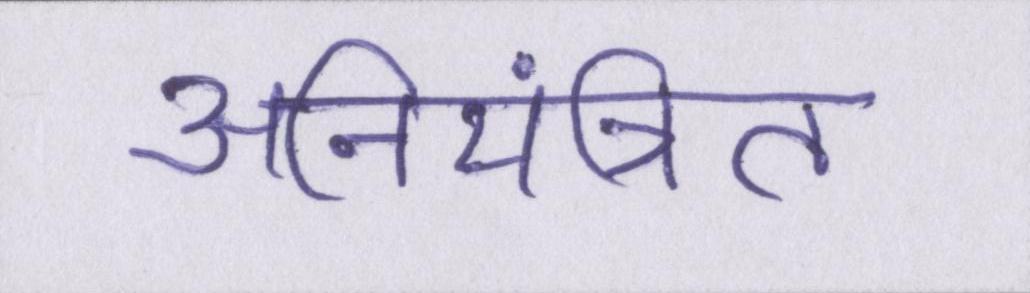
अनियंत्रित